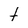
Character: t